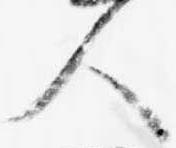
人